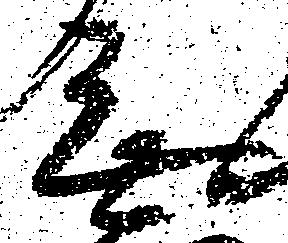
無